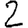
Digit: 2